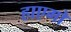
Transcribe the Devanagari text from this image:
हाएगो